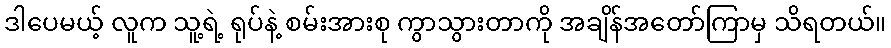
ဒါပေမယ့် လူက သူ့ရဲ့ ရုပ်နဲ့ စမ်းအားစု ကွာသွားတာကို အချိန်အတော်ကြာမှ သိရတယ်။